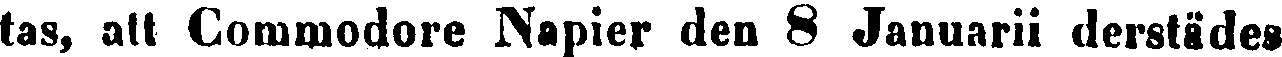
tas, att Commodore Napier den 8 Januarii derstädes